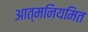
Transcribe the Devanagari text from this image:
आत्मनियमित